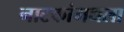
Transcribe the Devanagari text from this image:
नाटकांमधला